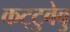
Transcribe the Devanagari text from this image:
कट्‌टुवेवु